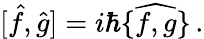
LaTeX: [\hat{f},\hat{g}]=i\hbar\{ \widehat{f,g}\} \, .